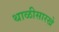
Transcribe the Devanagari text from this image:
थाळीसारखे